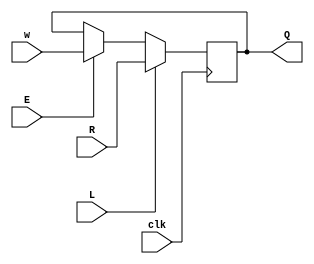
module top_module (
    input clk,
    input w, R, E, L,
    output Q
);
    wire m1;
    
    assign m1 = E ? w : Q;
    
    always @(posedge clk) begin
        Q <= L ? R : m1;
    end

endmodule